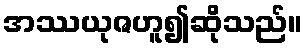
အဿယုဇဟူ၍ဆိုသည်။